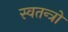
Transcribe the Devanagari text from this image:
स्वतन्त्रो